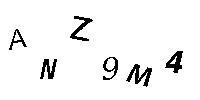
ANZ9M4